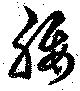
腰